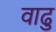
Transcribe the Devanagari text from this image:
वाढु